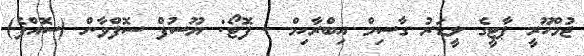
ޖުމްހޫރީ ޕާޓީގެ ލީޑަރު ގާސިމް އިބްރާހިމް - ފޮޓޯ: ޔޫސުފް ސޮފްވާން (ސޮއްޕެ)